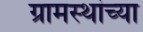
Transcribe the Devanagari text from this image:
ग्रामस्‍थांच्‍या